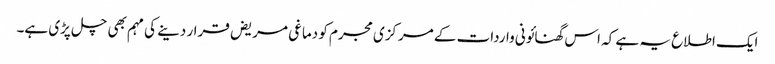
ایک اطلاع یہ ہے کہ اس گھنائونی واردات کے مرکزی مجرم کو دماغی مریض قرار دینے کی مہم بھی چل پڑی ہے۔